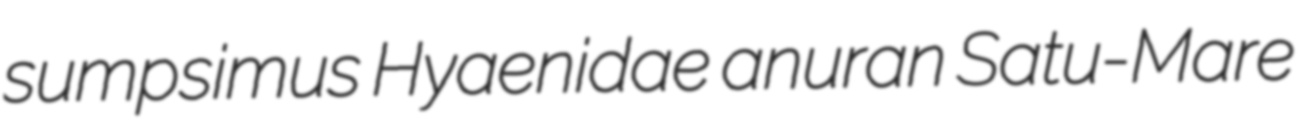
sumpsimus Hyaenidae anuran Satu-Mare